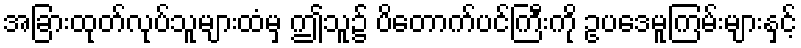
အခြားထုတ်လုပ်သူများထံမှ ဤသူ၌ ပိတောက်ပင်ကြီးကို ဥပဒေမူကြမ်းများနှင့်